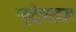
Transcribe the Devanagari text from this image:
न्यूट्रैलाइज़